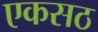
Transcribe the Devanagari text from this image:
एकसठ